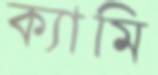
ক্যামি